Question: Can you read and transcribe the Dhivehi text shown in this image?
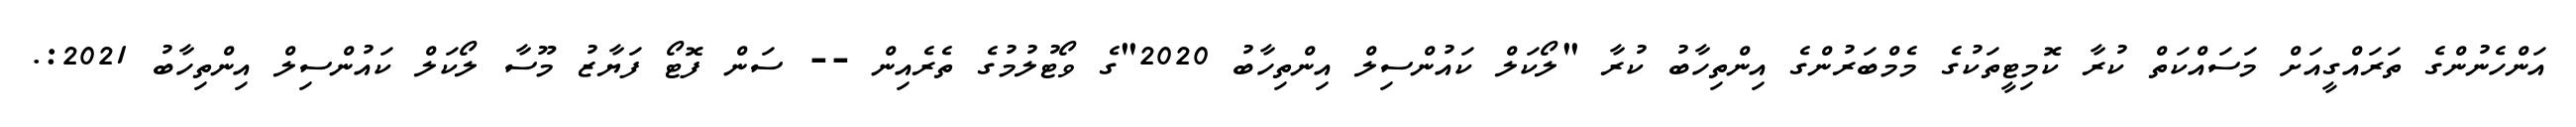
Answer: އަންހެނުންގެ ތަރައްގީއަށް މަސައްކަތް ކުރާ ކޮމިޓީތަކުގެ މެމްބަރުންގެ އިންތިހާބު ކުރާ "ލޯކަލް ކައުންސިލް އިންތިހާބު 2020"ގެ ވޯޓުލުމުގެ ތެރެއިން -- ސަން ފޮޓޯ ފަޔާޒު މޫސާ ލޯކަލް ކައުންސިލް އިންތިހާބު 2021:.